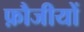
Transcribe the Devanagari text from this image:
फ़ौजीयों